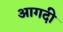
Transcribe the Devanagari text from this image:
आगदी